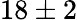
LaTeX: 18\pm 2